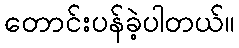
တောင်းပန်ခဲ့ပါတယ်။